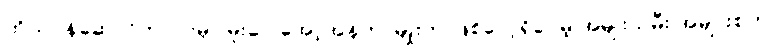
ကိုယ်ဝန်ဆောင်ကာလမှာ မူးဝေ အော့အန်တာမျိုးက ဖြစ်လေ့ရှိပေမဲ့ အမျိုးသမီး အများစုဟာ